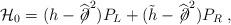
LaTeX: \begin{align*}{\mathcal H}_0 =(h - \widehat{\not\!\partial}^2) P_L + (\tilde{h} - \widehat{\not\!\partial}^2) P_R \;,\end{align*}